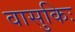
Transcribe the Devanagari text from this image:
वासुकिः